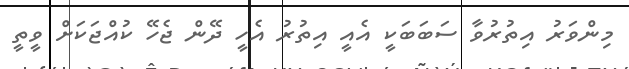
މިންވަރު އިތުރުވާ ސަބަބަކީ އެއީ އިތުރު އެހީ ދޭން ޖެހޭ ކުއްޖަކަށް ވީތީ